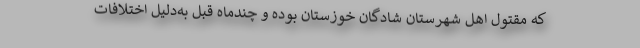
که مقتول اهل شهرستان شادگان خوزستان بوده و چندماه قبل به‌دلیل اختلافات